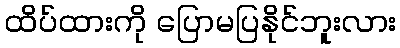
ထိပ်ထားကို ပြောမပြနိုင်ဘူးလား